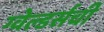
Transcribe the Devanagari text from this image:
ग्वेल्डर्सची